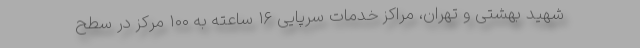
شهید بهشتی و تهران، مراکز خدمات سرپایی ۱۶ ساعته به ۱۰۰ مرکز در سطح